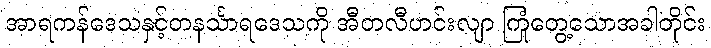
အာရကန်ဒေသနှင့်တနင်္သာရဒေသကို အီတလီဟင်းလျာ ကြုံတွေ့သောအခါတိုင်း